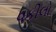
વકીલો